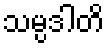
သမ္ပဒါတိ